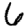
Digit: 6